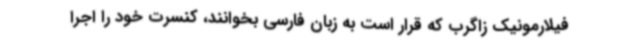
فیلارمونیک زاگرب که قرار است به زبان فارسی بخوانند، کنسرت خود را اجرا